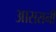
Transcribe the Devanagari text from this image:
आसरानी